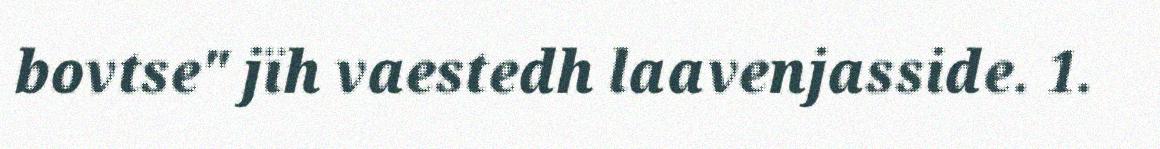
bovtse" jïh vaestedh laavenjasside. 1.